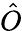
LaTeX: \hat{O}